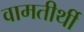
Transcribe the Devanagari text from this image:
वामतीर्थी